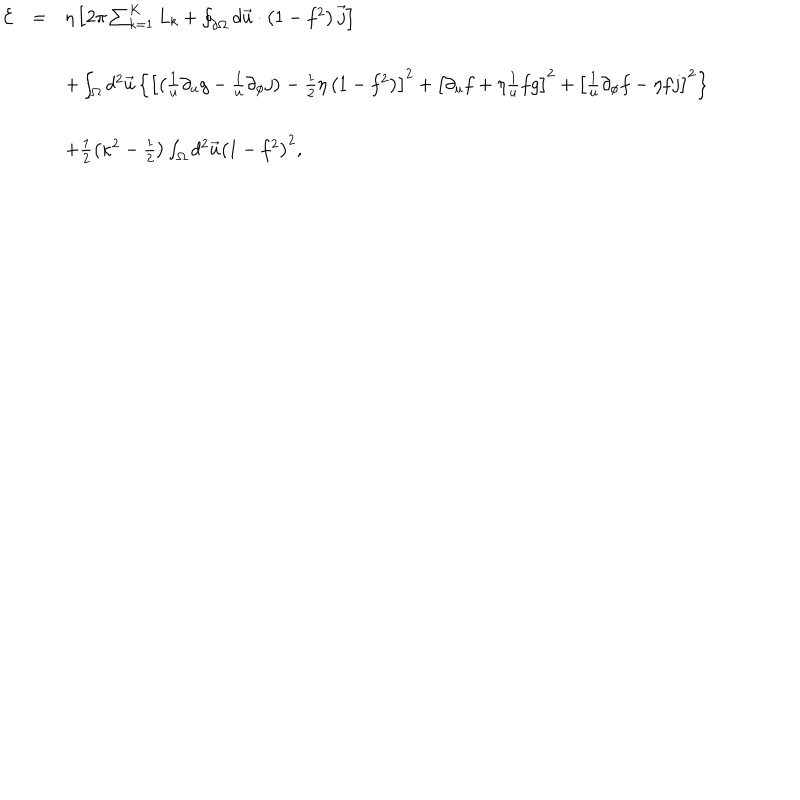
LaTeX: \begin{array} { r c l } { { { \cal E } } } & { { = } } & { { \eta \left[ 2 \pi \sum _ { k = 1 } ^ { K } L _ { k } + \oint _ { \partial \Omega } d \vec { u } \cdot \left( 1 - f ^ { 2 } \right) \vec { j } \right] } } \\ { { } } & { { } } & { { } } \\ { { } } & { { } } & { { + \int _ { \Omega } d ^ { 2 } \vec { u } \left\{ \left[ \left( \frac { 1 } { u } \partial _ { u } g - \frac { 1 } { u } \partial _ { \phi } j \right) - \frac { 1 } { 2 } \eta \left( 1 - f ^ { 2 } \right) \right] ^ { 2 } + \left[ \partial _ { u } f + \eta \frac { 1 } { u } f g \right] ^ { 2 } + \left[ \frac { 1 } { u } \partial _ { \phi } f - \eta f j \right] ^ { 2 } \right\} } } \\ { { } } & { { } } & { { } } \\ { { } } & { { } } & { { + \frac { 1 } { 2 } \left( \kappa ^ { 2 } - \frac { 1 } { 2 } \right) \int _ { \Omega } d ^ { 2 } \vec { u } \left( 1 - f ^ { 2 } \right) ^ { 2 } , } } \\ \end{array}